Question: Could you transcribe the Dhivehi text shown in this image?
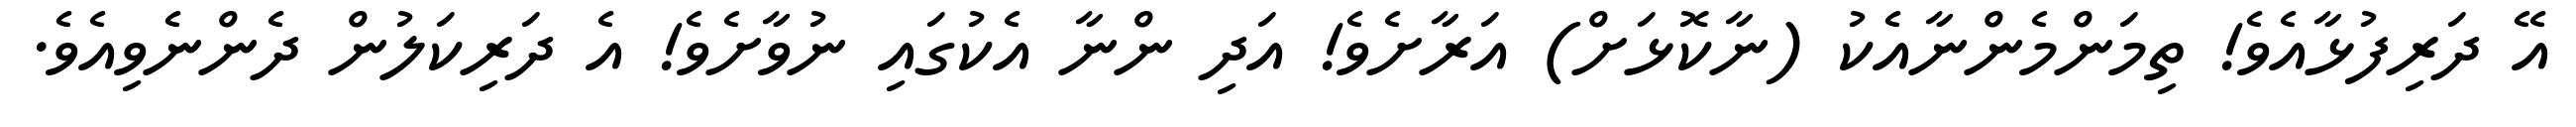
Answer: އޭ ދަރިފުޅާއެވެ! ތިމަންމެންނާއެކު (ނާކޮޅަށް) އަރާށެވެ! އަދި ންނާ އެކުގައި ނުވާށެވެ! އެ ދަރިކަލުން ދެންނެވިއެވެ.